画像に写った文字を読んでください
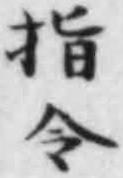
「指令」と書いてあります